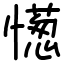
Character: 憽